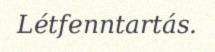
Létfenntartás.